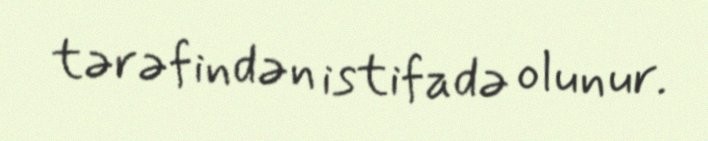
tərəfindən istifadə olunur.